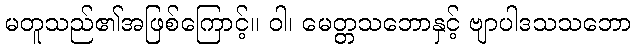
မတူသည်၏အဖြစ်ကြောင့်။ ဝါ၊ မေတ္တသဘောနှင့် ဗျာပါဒသသဘော